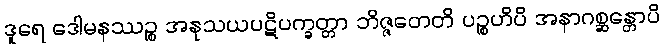
ဒူရေ ဒေါမနဿဉ္စ အနုသယပဋိပက္ခတ္တာ ဘိဇ္ဇတေတိ ပဉ္စဟိပိ အနာဂစ္ဆန္တောပိ